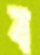
ব